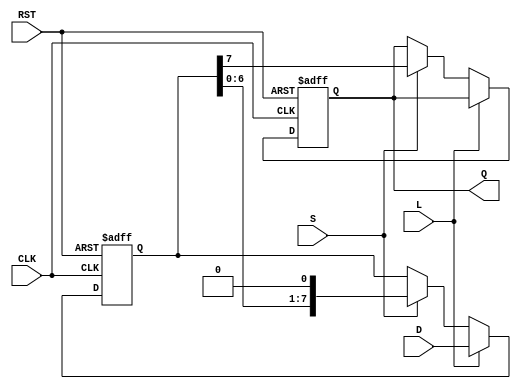
module PISO_Register (
    input wire [7:0] D,     // 8-bit parallel data input
    input wire L,           // Load control signal
    input wire S,           // Shift control signal
    input wire CLK,         // Clock signal
    input wire RST,         // Asynchronous reset
    output reg Q            // Serial output
);

    reg [7:0] register;     // Internal 8-bit register
    reg [2:0] bit_counter;  // Bit counter to track the number of shifts

    // Asynchronous reset and loading mechanism
    always @(posedge CLK or posedge RST) begin
        if (RST) begin
            register <= 8'b0;       // Clear the register
            Q <= 1'b0;              // Clear the output
            bit_counter <= 3'b0;    // Reset the bit counter
        end
        else begin
            if (L) begin
                register <= D;      // Load the parallel data into the register
                bit_counter <= 3'b0; // Reset bit counter for shifting
            end
            else if (S) begin
                // Shift out the MSB and shift the remainder left
                Q <= register[7];    // Output the MSB
                register <= {register[6:0], 1'b0}; // Shift left and fill LSB with 0
                bit_counter <= bit_counter + 1; // Increment bit counter
            end
        end
    end

endmodule